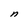
Character: n